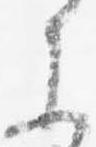
参